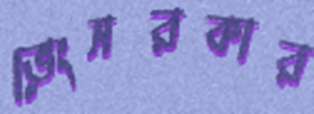
ভেংসরকার